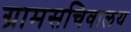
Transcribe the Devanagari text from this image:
ग्रामसचिवालय